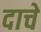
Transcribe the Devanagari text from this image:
दाचे